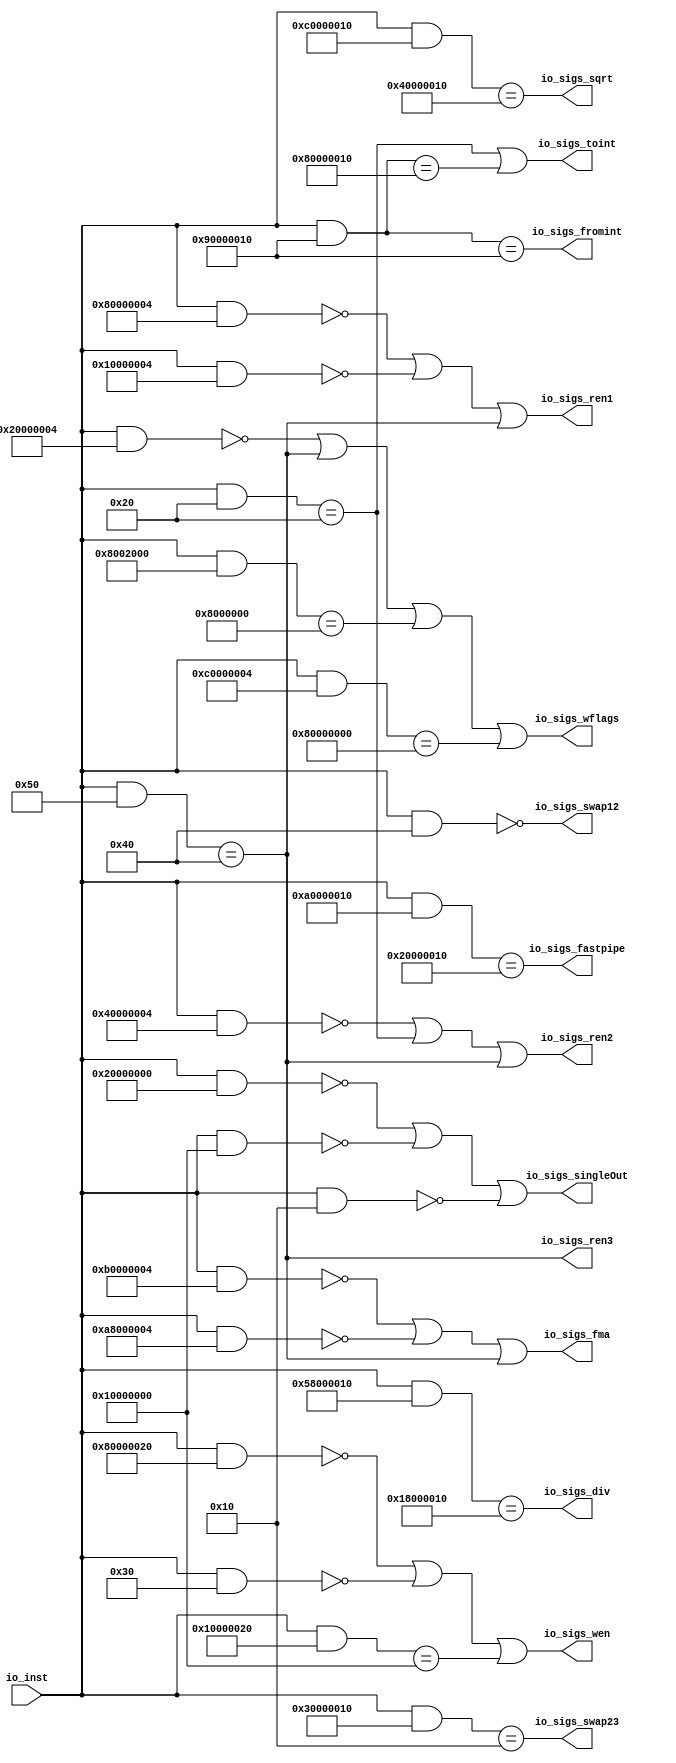
module FPUDecoder( // @[:freechips.rocketchip.system.DefaultRV32Config.fir@210598.2]
  input  [31:0] io_inst, // @[:freechips.rocketchip.system.DefaultRV32Config.fir@210601.4]
  output        io_sigs_wen, // @[:freechips.rocketchip.system.DefaultRV32Config.fir@210601.4]
  output        io_sigs_ren1, // @[:freechips.rocketchip.system.DefaultRV32Config.fir@210601.4]
  output        io_sigs_ren2, // @[:freechips.rocketchip.system.DefaultRV32Config.fir@210601.4]
  output        io_sigs_ren3, // @[:freechips.rocketchip.system.DefaultRV32Config.fir@210601.4]
  output        io_sigs_swap12, // @[:freechips.rocketchip.system.DefaultRV32Config.fir@210601.4]
  output        io_sigs_swap23, // @[:freechips.rocketchip.system.DefaultRV32Config.fir@210601.4]
  output        io_sigs_singleOut, // @[:freechips.rocketchip.system.DefaultRV32Config.fir@210601.4]
  output        io_sigs_fromint, // @[:freechips.rocketchip.system.DefaultRV32Config.fir@210601.4]
  output        io_sigs_toint, // @[:freechips.rocketchip.system.DefaultRV32Config.fir@210601.4]
  output        io_sigs_fastpipe, // @[:freechips.rocketchip.system.DefaultRV32Config.fir@210601.4]
  output        io_sigs_fma, // @[:freechips.rocketchip.system.DefaultRV32Config.fir@210601.4]
  output        io_sigs_div, // @[:freechips.rocketchip.system.DefaultRV32Config.fir@210601.4]
  output        io_sigs_sqrt, // @[:freechips.rocketchip.system.DefaultRV32Config.fir@210601.4]
  output        io_sigs_wflags // @[:freechips.rocketchip.system.DefaultRV32Config.fir@210601.4]
);
  wire [31:0] _T; // @[Decode.scala 14:65:freechips.rocketchip.system.DefaultRV32Config.fir@210606.4]
  wire [31:0] _T_2; // @[Decode.scala 14:65:freechips.rocketchip.system.DefaultRV32Config.fir@210609.4]
  wire  _T_3; // @[Decode.scala 14:121:freechips.rocketchip.system.DefaultRV32Config.fir@210610.4]
  wire [31:0] _T_4; // @[Decode.scala 14:65:freechips.rocketchip.system.DefaultRV32Config.fir@210611.4]
  wire  _T_5; // @[Decode.scala 14:121:freechips.rocketchip.system.DefaultRV32Config.fir@210612.4]
  wire [31:0] _T_6; // @[Decode.scala 14:65:freechips.rocketchip.system.DefaultRV32Config.fir@210613.4]
  wire  _T_7; // @[Decode.scala 14:121:freechips.rocketchip.system.DefaultRV32Config.fir@210614.4]
  wire  _T_9; // @[Decode.scala 15:30:freechips.rocketchip.system.DefaultRV32Config.fir@210616.4]
  wire [31:0] _T_10; // @[Decode.scala 14:65:freechips.rocketchip.system.DefaultRV32Config.fir@210618.4]
  wire  _T_11; // @[Decode.scala 14:121:freechips.rocketchip.system.DefaultRV32Config.fir@210619.4]
  wire [31:0] _T_12; // @[Decode.scala 14:65:freechips.rocketchip.system.DefaultRV32Config.fir@210620.4]
  wire  _T_13; // @[Decode.scala 14:121:freechips.rocketchip.system.DefaultRV32Config.fir@210621.4]
  wire [31:0] _T_14; // @[Decode.scala 14:65:freechips.rocketchip.system.DefaultRV32Config.fir@210622.4]
  wire  decoder_4; // @[Decode.scala 14:121:freechips.rocketchip.system.DefaultRV32Config.fir@210623.4]
  wire  _T_17; // @[Decode.scala 15:30:freechips.rocketchip.system.DefaultRV32Config.fir@210625.4]
  wire [31:0] _T_18; // @[Decode.scala 14:65:freechips.rocketchip.system.DefaultRV32Config.fir@210627.4]
  wire  _T_19; // @[Decode.scala 14:121:freechips.rocketchip.system.DefaultRV32Config.fir@210628.4]
  wire [31:0] _T_20; // @[Decode.scala 14:65:freechips.rocketchip.system.DefaultRV32Config.fir@210629.4]
  wire  _T_21; // @[Decode.scala 14:121:freechips.rocketchip.system.DefaultRV32Config.fir@210630.4]
  wire  _T_23; // @[Decode.scala 15:30:freechips.rocketchip.system.DefaultRV32Config.fir@210632.4]
  wire [31:0] _T_24; // @[Decode.scala 14:65:freechips.rocketchip.system.DefaultRV32Config.fir@210636.4]
  wire [31:0] _T_38; // @[Decode.scala 14:65:freechips.rocketchip.system.DefaultRV32Config.fir@210652.4]
  wire  _T_39; // @[Decode.scala 14:121:freechips.rocketchip.system.DefaultRV32Config.fir@210653.4]
  wire [31:0] _T_40; // @[Decode.scala 14:65:freechips.rocketchip.system.DefaultRV32Config.fir@210654.4]
  wire  _T_41; // @[Decode.scala 14:121:freechips.rocketchip.system.DefaultRV32Config.fir@210655.4]
  wire [31:0] _T_42; // @[Decode.scala 14:65:freechips.rocketchip.system.DefaultRV32Config.fir@210656.4]
  wire  _T_43; // @[Decode.scala 14:121:freechips.rocketchip.system.DefaultRV32Config.fir@210657.4]
  wire  _T_45; // @[Decode.scala 15:30:freechips.rocketchip.system.DefaultRV32Config.fir@210659.4]
  wire [31:0] _T_46; // @[Decode.scala 14:65:freechips.rocketchip.system.DefaultRV32Config.fir@210661.4]
  wire  _T_49; // @[Decode.scala 14:121:freechips.rocketchip.system.DefaultRV32Config.fir@210665.4]
  wire [31:0] _T_51; // @[Decode.scala 14:65:freechips.rocketchip.system.DefaultRV32Config.fir@210668.4]
  wire [31:0] _T_53; // @[Decode.scala 14:65:freechips.rocketchip.system.DefaultRV32Config.fir@210671.4]
  wire  _T_54; // @[Decode.scala 14:121:freechips.rocketchip.system.DefaultRV32Config.fir@210672.4]
  wire [31:0] _T_55; // @[Decode.scala 14:65:freechips.rocketchip.system.DefaultRV32Config.fir@210673.4]
  wire  _T_56; // @[Decode.scala 14:121:freechips.rocketchip.system.DefaultRV32Config.fir@210674.4]
  wire  _T_58; // @[Decode.scala 15:30:freechips.rocketchip.system.DefaultRV32Config.fir@210676.4]
  wire [31:0] _T_59; // @[Decode.scala 14:65:freechips.rocketchip.system.DefaultRV32Config.fir@210678.4]
  wire [31:0] _T_61; // @[Decode.scala 14:65:freechips.rocketchip.system.DefaultRV32Config.fir@210681.4]
  wire [31:0] _T_63; // @[Decode.scala 14:65:freechips.rocketchip.system.DefaultRV32Config.fir@210684.4]
  wire  _T_64; // @[Decode.scala 14:121:freechips.rocketchip.system.DefaultRV32Config.fir@210685.4]
  wire [31:0] _T_65; // @[Decode.scala 14:65:freechips.rocketchip.system.DefaultRV32Config.fir@210686.4]
  wire  _T_66; // @[Decode.scala 14:121:freechips.rocketchip.system.DefaultRV32Config.fir@210687.4]
  wire [31:0] _T_67; // @[Decode.scala 14:65:freechips.rocketchip.system.DefaultRV32Config.fir@210688.4]
  wire  _T_68; // @[Decode.scala 14:121:freechips.rocketchip.system.DefaultRV32Config.fir@210689.4]
  wire  _T_70; // @[Decode.scala 15:30:freechips.rocketchip.system.DefaultRV32Config.fir@210691.4]
  wire  _T_71; // @[Decode.scala 15:30:freechips.rocketchip.system.DefaultRV32Config.fir@210692.4]
  assign _T = io_inst & 32'h40; // @[Decode.scala 14:65:freechips.rocketchip.system.DefaultRV32Config.fir@210606.4]
  assign _T_2 = io_inst & 32'h80000020; // @[Decode.scala 14:65:freechips.rocketchip.system.DefaultRV32Config.fir@210609.4]
  assign _T_3 = _T_2 == 32'h0; // @[Decode.scala 14:121:freechips.rocketchip.system.DefaultRV32Config.fir@210610.4]
  assign _T_4 = io_inst & 32'h30; // @[Decode.scala 14:65:freechips.rocketchip.system.DefaultRV32Config.fir@210611.4]
  assign _T_5 = _T_4 == 32'h0; // @[Decode.scala 14:121:freechips.rocketchip.system.DefaultRV32Config.fir@210612.4]
  assign _T_6 = io_inst & 32'h10000020; // @[Decode.scala 14:65:freechips.rocketchip.system.DefaultRV32Config.fir@210613.4]
  assign _T_7 = _T_6 == 32'h10000000; // @[Decode.scala 14:121:freechips.rocketchip.system.DefaultRV32Config.fir@210614.4]
  assign _T_9 = _T_3 | _T_5; // @[Decode.scala 15:30:freechips.rocketchip.system.DefaultRV32Config.fir@210616.4]
  assign _T_10 = io_inst & 32'h80000004; // @[Decode.scala 14:65:freechips.rocketchip.system.DefaultRV32Config.fir@210618.4]
  assign _T_11 = _T_10 == 32'h0; // @[Decode.scala 14:121:freechips.rocketchip.system.DefaultRV32Config.fir@210619.4]
  assign _T_12 = io_inst & 32'h10000004; // @[Decode.scala 14:65:freechips.rocketchip.system.DefaultRV32Config.fir@210620.4]
  assign _T_13 = _T_12 == 32'h0; // @[Decode.scala 14:121:freechips.rocketchip.system.DefaultRV32Config.fir@210621.4]
  assign _T_14 = io_inst & 32'h50; // @[Decode.scala 14:65:freechips.rocketchip.system.DefaultRV32Config.fir@210622.4]
  assign decoder_4 = _T_14 == 32'h40; // @[Decode.scala 14:121:freechips.rocketchip.system.DefaultRV32Config.fir@210623.4]
  assign _T_17 = _T_11 | _T_13; // @[Decode.scala 15:30:freechips.rocketchip.system.DefaultRV32Config.fir@210625.4]
  assign _T_18 = io_inst & 32'h40000004; // @[Decode.scala 14:65:freechips.rocketchip.system.DefaultRV32Config.fir@210627.4]
  assign _T_19 = _T_18 == 32'h0; // @[Decode.scala 14:121:freechips.rocketchip.system.DefaultRV32Config.fir@210628.4]
  assign _T_20 = io_inst & 32'h20; // @[Decode.scala 14:65:freechips.rocketchip.system.DefaultRV32Config.fir@210629.4]
  assign _T_21 = _T_20 == 32'h20; // @[Decode.scala 14:121:freechips.rocketchip.system.DefaultRV32Config.fir@210630.4]
  assign _T_23 = _T_19 | _T_21; // @[Decode.scala 15:30:freechips.rocketchip.system.DefaultRV32Config.fir@210632.4]
  assign _T_24 = io_inst & 32'h30000010; // @[Decode.scala 14:65:freechips.rocketchip.system.DefaultRV32Config.fir@210636.4]
  assign _T_38 = io_inst & 32'h20000000; // @[Decode.scala 14:65:freechips.rocketchip.system.DefaultRV32Config.fir@210652.4]
  assign _T_39 = _T_38 == 32'h0; // @[Decode.scala 14:121:freechips.rocketchip.system.DefaultRV32Config.fir@210653.4]
  assign _T_40 = io_inst & 32'h10000000; // @[Decode.scala 14:65:freechips.rocketchip.system.DefaultRV32Config.fir@210654.4]
  assign _T_41 = _T_40 == 32'h0; // @[Decode.scala 14:121:freechips.rocketchip.system.DefaultRV32Config.fir@210655.4]
  assign _T_42 = io_inst & 32'h10; // @[Decode.scala 14:65:freechips.rocketchip.system.DefaultRV32Config.fir@210656.4]
  assign _T_43 = _T_42 == 32'h0; // @[Decode.scala 14:121:freechips.rocketchip.system.DefaultRV32Config.fir@210657.4]
  assign _T_45 = _T_39 | _T_41; // @[Decode.scala 15:30:freechips.rocketchip.system.DefaultRV32Config.fir@210659.4]
  assign _T_46 = io_inst & 32'h90000010; // @[Decode.scala 14:65:freechips.rocketchip.system.DefaultRV32Config.fir@210661.4]
  assign _T_49 = _T_46 == 32'h80000010; // @[Decode.scala 14:121:freechips.rocketchip.system.DefaultRV32Config.fir@210665.4]
  assign _T_51 = io_inst & 32'ha0000010; // @[Decode.scala 14:65:freechips.rocketchip.system.DefaultRV32Config.fir@210668.4]
  assign _T_53 = io_inst & 32'hb0000004; // @[Decode.scala 14:65:freechips.rocketchip.system.DefaultRV32Config.fir@210671.4]
  assign _T_54 = _T_53 == 32'h0; // @[Decode.scala 14:121:freechips.rocketchip.system.DefaultRV32Config.fir@210672.4]
  assign _T_55 = io_inst & 32'ha8000004; // @[Decode.scala 14:65:freechips.rocketchip.system.DefaultRV32Config.fir@210673.4]
  assign _T_56 = _T_55 == 32'h0; // @[Decode.scala 14:121:freechips.rocketchip.system.DefaultRV32Config.fir@210674.4]
  assign _T_58 = _T_54 | _T_56; // @[Decode.scala 15:30:freechips.rocketchip.system.DefaultRV32Config.fir@210676.4]
  assign _T_59 = io_inst & 32'h58000010; // @[Decode.scala 14:65:freechips.rocketchip.system.DefaultRV32Config.fir@210678.4]
  assign _T_61 = io_inst & 32'hc0000010; // @[Decode.scala 14:65:freechips.rocketchip.system.DefaultRV32Config.fir@210681.4]
  assign _T_63 = io_inst & 32'h20000004; // @[Decode.scala 14:65:freechips.rocketchip.system.DefaultRV32Config.fir@210684.4]
  assign _T_64 = _T_63 == 32'h0; // @[Decode.scala 14:121:freechips.rocketchip.system.DefaultRV32Config.fir@210685.4]
  assign _T_65 = io_inst & 32'h8002000; // @[Decode.scala 14:65:freechips.rocketchip.system.DefaultRV32Config.fir@210686.4]
  assign _T_66 = _T_65 == 32'h8000000; // @[Decode.scala 14:121:freechips.rocketchip.system.DefaultRV32Config.fir@210687.4]
  assign _T_67 = io_inst & 32'hc0000004; // @[Decode.scala 14:65:freechips.rocketchip.system.DefaultRV32Config.fir@210688.4]
  assign _T_68 = _T_67 == 32'h80000000; // @[Decode.scala 14:121:freechips.rocketchip.system.DefaultRV32Config.fir@210689.4]
  assign _T_70 = _T_64 | decoder_4; // @[Decode.scala 15:30:freechips.rocketchip.system.DefaultRV32Config.fir@210691.4]
  assign _T_71 = _T_70 | _T_66; // @[Decode.scala 15:30:freechips.rocketchip.system.DefaultRV32Config.fir@210692.4]
  assign io_sigs_wen = _T_9 | _T_7; // @[FPU.scala 135:40:freechips.rocketchip.system.DefaultRV32Config.fir@210695.4]
  assign io_sigs_ren1 = _T_17 | decoder_4; // @[FPU.scala 135:40:freechips.rocketchip.system.DefaultRV32Config.fir@210696.4]
  assign io_sigs_ren2 = _T_23 | decoder_4; // @[FPU.scala 135:40:freechips.rocketchip.system.DefaultRV32Config.fir@210697.4]
  assign io_sigs_ren3 = _T_14 == 32'h40; // @[FPU.scala 135:40:freechips.rocketchip.system.DefaultRV32Config.fir@210698.4]
  assign io_sigs_swap12 = _T == 32'h0; // @[FPU.scala 135:40:freechips.rocketchip.system.DefaultRV32Config.fir@210699.4]
  assign io_sigs_swap23 = _T_24 == 32'h10; // @[FPU.scala 135:40:freechips.rocketchip.system.DefaultRV32Config.fir@210700.4]
  assign io_sigs_singleOut = _T_45 | _T_43; // @[FPU.scala 135:40:freechips.rocketchip.system.DefaultRV32Config.fir@210702.4]
  assign io_sigs_fromint = _T_46 == 32'h90000010; // @[FPU.scala 135:40:freechips.rocketchip.system.DefaultRV32Config.fir@210703.4]
  assign io_sigs_toint = _T_21 | _T_49; // @[FPU.scala 135:40:freechips.rocketchip.system.DefaultRV32Config.fir@210704.4]
  assign io_sigs_fastpipe = _T_51 == 32'h20000010; // @[FPU.scala 135:40:freechips.rocketchip.system.DefaultRV32Config.fir@210705.4]
  assign io_sigs_fma = _T_58 | decoder_4; // @[FPU.scala 135:40:freechips.rocketchip.system.DefaultRV32Config.fir@210706.4]
  assign io_sigs_div = _T_59 == 32'h18000010; // @[FPU.scala 135:40:freechips.rocketchip.system.DefaultRV32Config.fir@210707.4]
  assign io_sigs_sqrt = _T_61 == 32'h40000010; // @[FPU.scala 135:40:freechips.rocketchip.system.DefaultRV32Config.fir@210708.4]
  assign io_sigs_wflags = _T_71 | _T_68; // @[FPU.scala 135:40:freechips.rocketchip.system.DefaultRV32Config.fir@210709.4]
endmodule